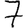
Digit: 7